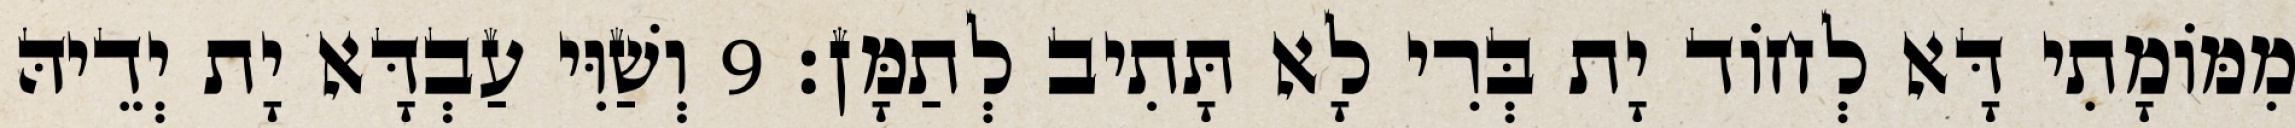
מִמּוֹמָתִי דָּא לְחוֹד יָת בְּרִי לָא תָּתִיב לְתַמָּן׃ 9 וְשַׁוִּי עַבְדָּא יָת יְדֵיהּ